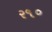
ર૧૦